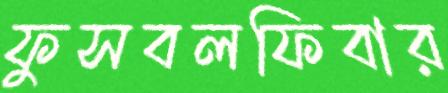
ফুসবলফিবার